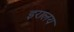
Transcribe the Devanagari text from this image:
इरालय